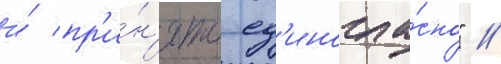
и́ пр'и́н'ято ед'иногла́сно" //